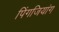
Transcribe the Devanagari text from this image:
पिंगजियांग